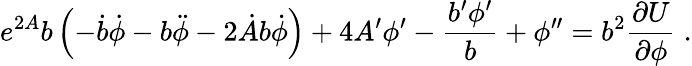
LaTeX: e^{2A}b\left(-\dot{b}\dot{\phi}-b\ddot{\phi}-2\dot{A}b\dot{\phi}\right)+4A^{\prime}\phi^{\prime}-\frac{b^{\prime}\phi^{\prime}}{b}+\phi^{\prime\prime}=b^{2}\frac{\partial U}{\partial\phi}\; .